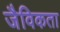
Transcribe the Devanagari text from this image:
जैविकता